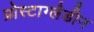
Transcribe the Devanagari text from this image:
प्रोस्टाग्लैडीन